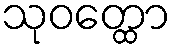
သုဝတ္ထော